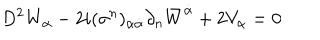
LaTeX: D ^ { 2 } W _ { \alpha } - 2 i ( \sigma ^ { n } ) _ { \alpha \dot { \alpha } } \partial _ { n } { \bar { W } } ^ { \dot { \alpha } } + 2 V _ { \alpha } = 0